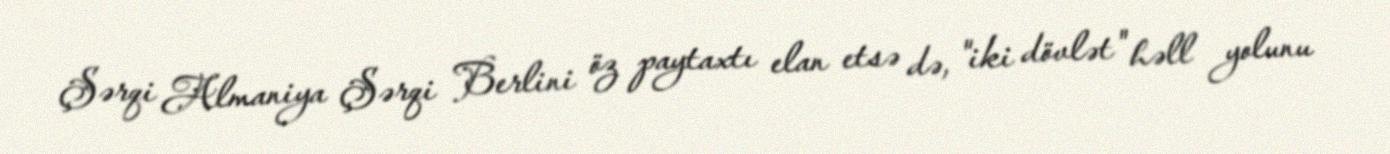
Şərqi Almaniya Şərqi Berlini öz paytaxtı elan etsə də, "iki dövlət" həll yolunu